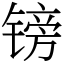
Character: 镑